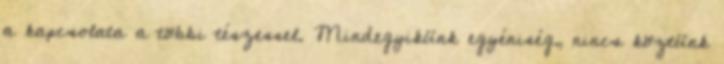
a kapcsolata a többi tészessel. Mindegyikünk egyéniség, nincs köztünk